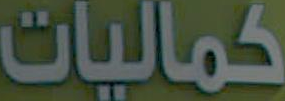
كماليات